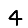
Digit: 4